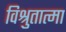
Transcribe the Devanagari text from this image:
विश्रुतात्मा